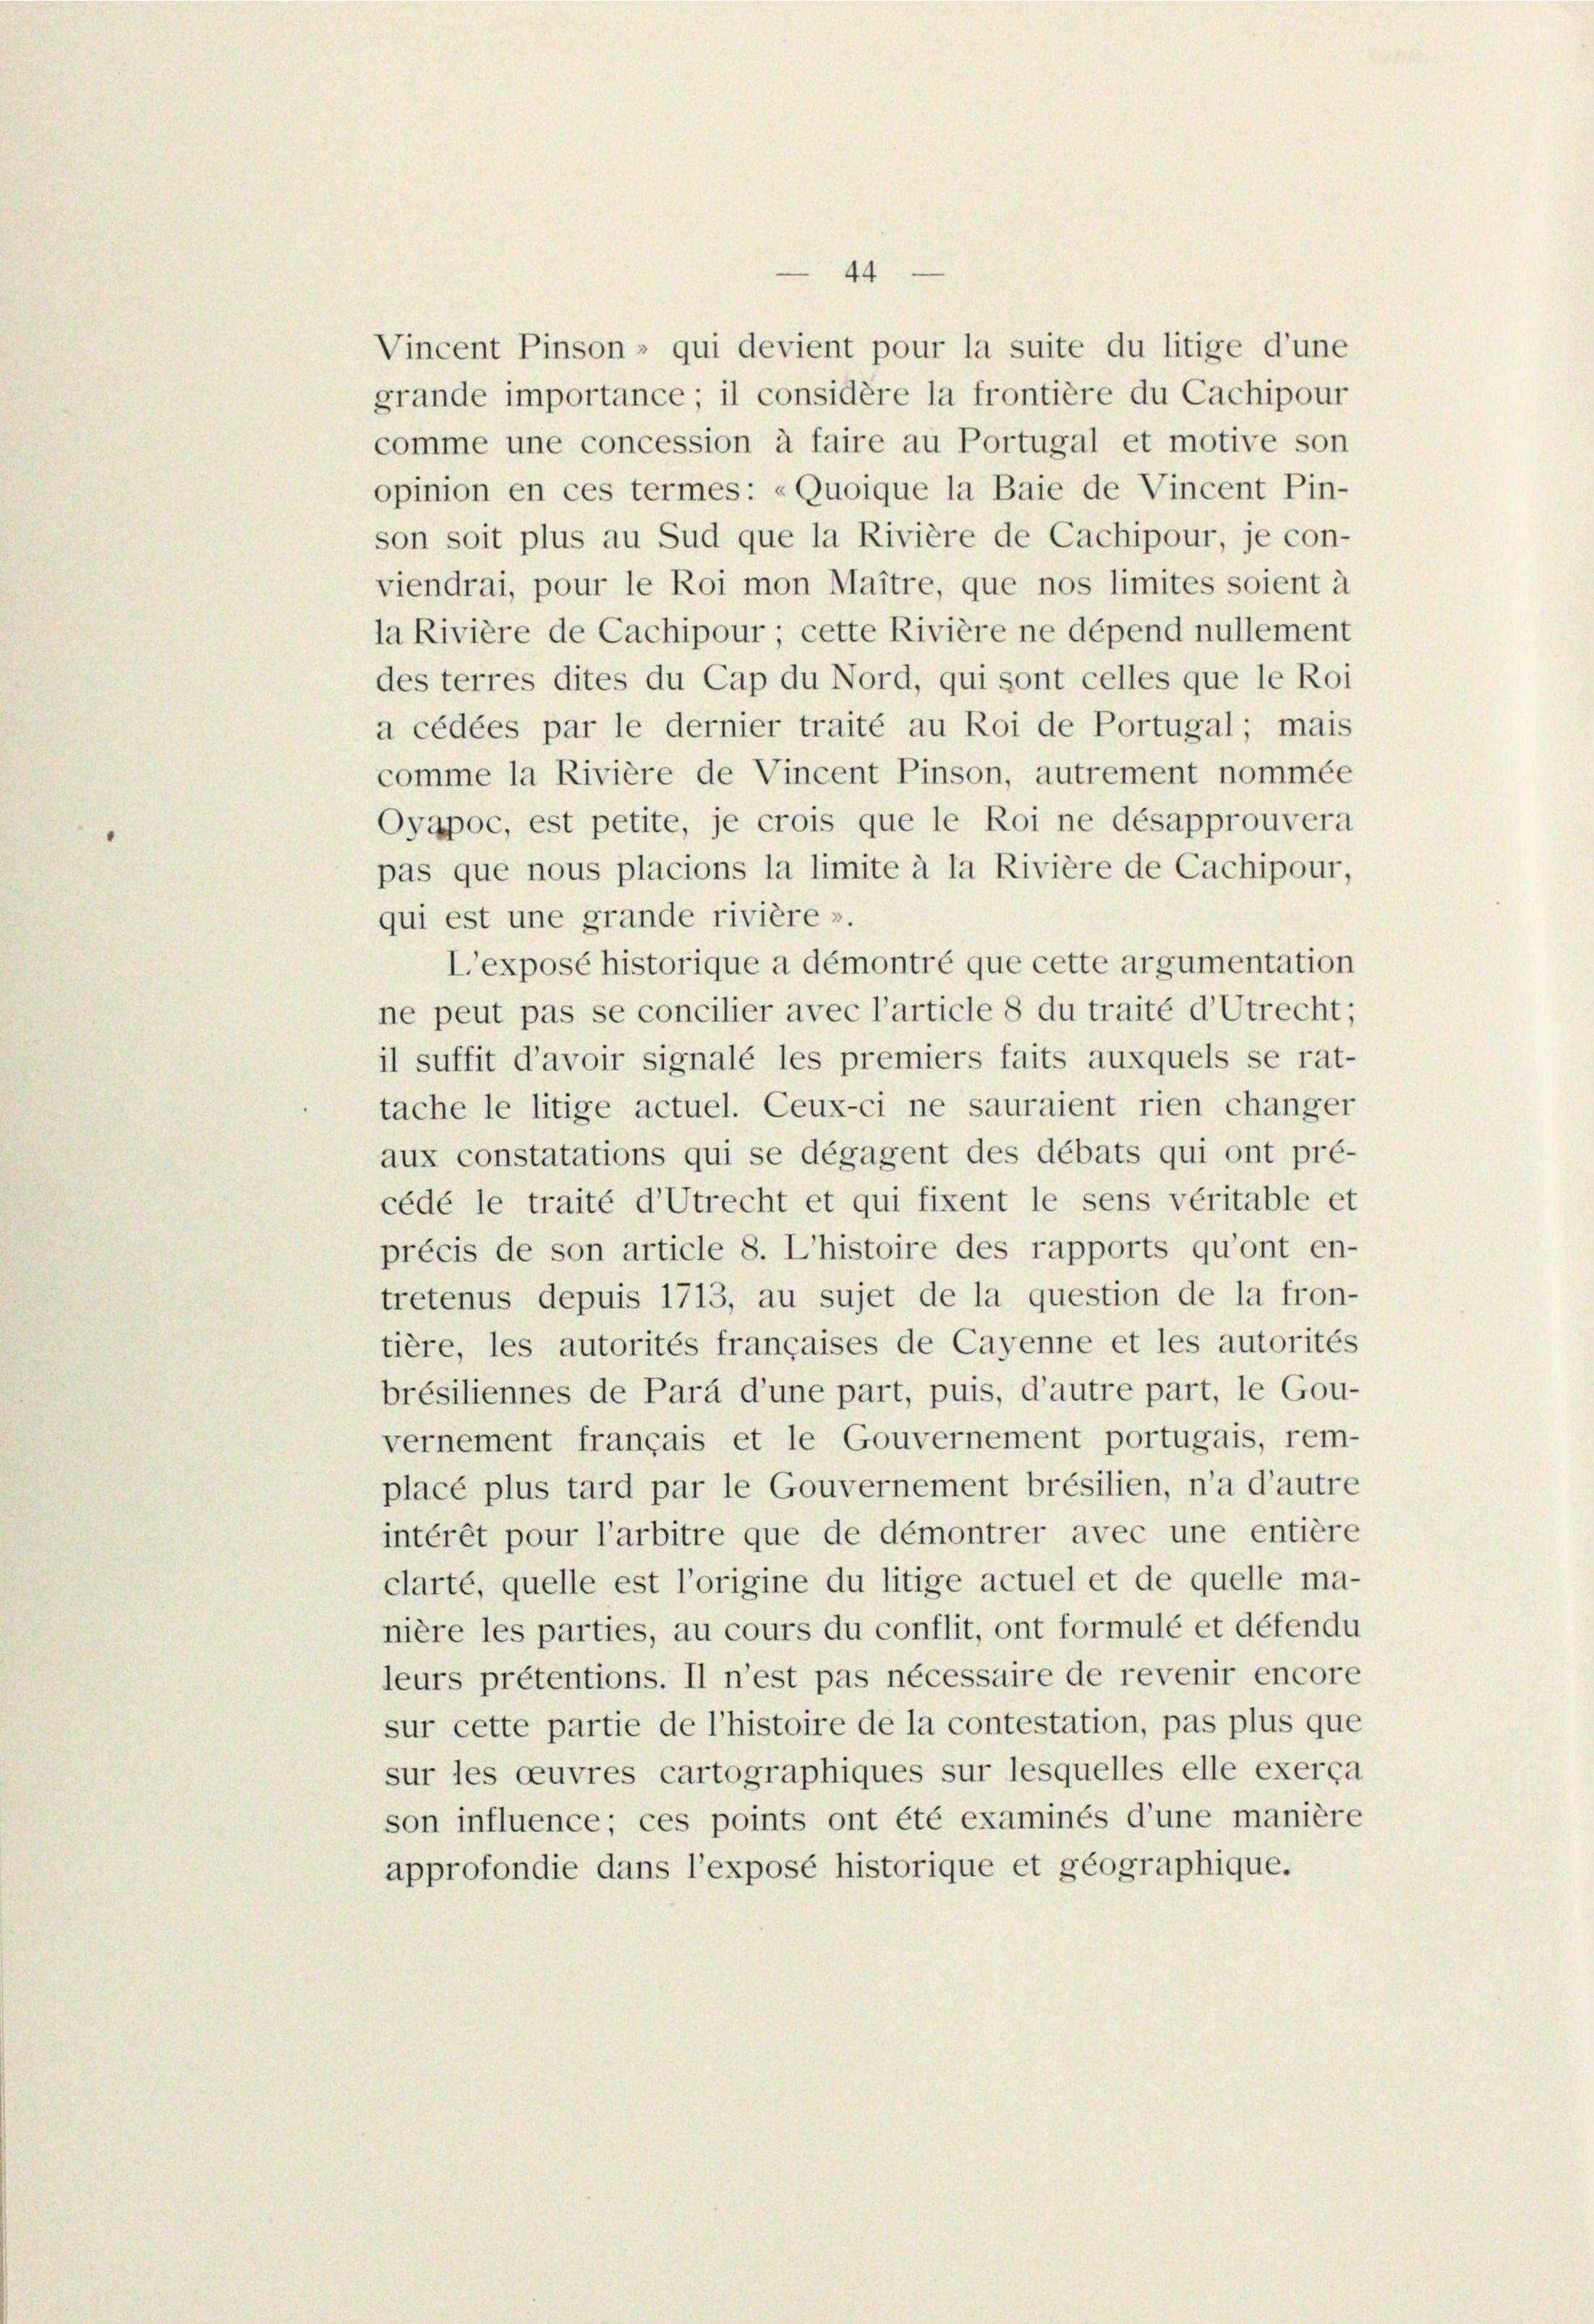
44

Vincent Pinson » qui devient pour la suite du litige d’une
grande importance; il considère la frontière du Cachipour
comme une concession à faire au Portugal et motive son
opinion en ces termes: «Quoique la Baie de Vincent Pin-
son soit plus au Sud que la Rivière de Cachipour, je con-
viendrai, pour le Roi mon Maitre, que nos limites soient à
la Rivière de Cachipour; cette Rivière ne dépend nullement
des terres dites du Cap du Nord, qui sont celles que le Roi
a cédées par le dernier traité au Roi de Portugal; mais
comme la Rivière de Vincent Pinson, autrement nommée
Ovapoc, est petite, je crois que le Roi ne désapprouvera
pas que nous placions la limite à la Rivière de Cachipour,
qui est une grande rivière ».
L’exposé historique a démontré que cette argumentation
ne peut pas se concilier avec l’article 8 du traité d’Utrecht;
il suffit d’avoir signalé les premiers faits auxquels se rat-
tache le litige actuel. Ceux-ci ne sauraient rien changer
aux constatations qui se dégagent des débats qui ont pré-
cédé le traité d’Utrecht et qui fixent le sens véritable et
précis de son article 8. L’histoire des rapports qu’ont en-
tretenus depuis 1713, au sujet de la question de la fron-
tière, les autorités françaises de Cayenne et les autorités
brésiliennes de Parà d’une part, puis, d’autre part, le Gou-
vernement français et le Gouvernement portugais, rem-
placé plus tard par le Gouvernement brésilien, n’a d’autre
intérêt pour l’arbitre que de démontrer avec une entière
clarté, quelle est l’origine du litige actuel et de quelle ma-
nière les parties, au cours du conflit, ont formulé et défendu
leurs prétentions. Il n’est pas nécessaire de revenir encore
sur cette partie de l’histoire de la contestation, pas plus que
sur les oeuvres cartographiques sur lesquelles elle exerca
son influence; ces points ont été examinés d’une manière
approfondie dans l’exposé historique et géographique.